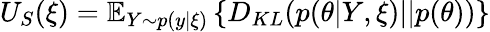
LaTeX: U_{S}(\xi)=\mathbb{E}_{Y\sim p(y|\xi)}\left\{ D_{KL}(p(\theta|Y,\xi)||p(\theta))\right\}